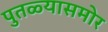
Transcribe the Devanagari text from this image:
पुतळ्यासमोर